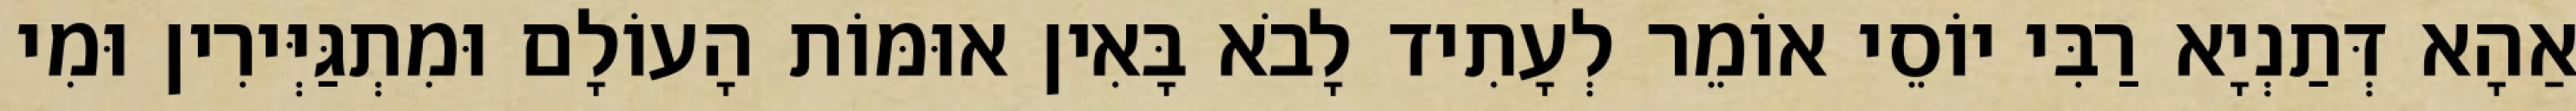
אַהָא דְּתַנְיָא רַבִּי יוֹסֵי אוֹמֵר לְעָתִיד לָבֹא בָּאִין אוּמּוֹת הָעוֹלָם וּמִתְגַּיְּירִין וּמִי